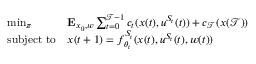
\begin{array} { r } { \begin{array} { l l } { \operatorname* { m i n } _ { \pi } } & { \mathbf { E } _ { x _ { 0 } , w } \sum _ { t = 0 } ^ { \mathcal { T } - 1 } c _ { t } ( x ( t ) , u ^ { S _ { t } } ( t ) ) + c _ { \mathcal { T } } ( x ( \mathcal { T } ) ) } \\ { \mathrm { s u b j e c t \ t o } } & { x ( t + 1 ) = f _ { \theta _ { t } } ^ { S _ { t } } ( x ( t ) , u ^ { S _ { t } } ( t ) , w ( t ) ) } \end{array} } \end{array}